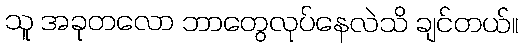
သူ အခုတလော ဘာတွေလုပ်နေလဲသိ ချင်တယ်။